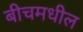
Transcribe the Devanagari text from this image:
बीचमधील